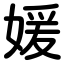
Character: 媛